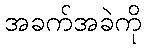
အခက်အခဲကို